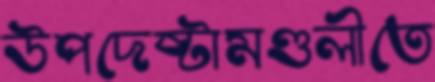
উপদেষ্টামণ্ডলীতে